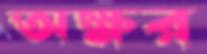
অক্ষর